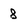
Character: 8